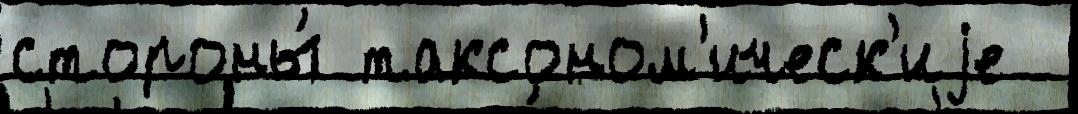
стороны́ таксоном'ическ'иjе